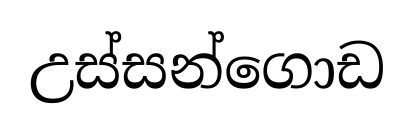
උස්සන්ගොඩ